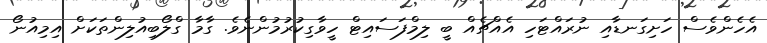
އެހެންވެސް ހަށިގަނޑާއި ނުރައްޓަހި އެއްޗެއް ބީ ލިމްފަސައިޓް ހީވާގިކުރުމުންނެވެ. ގާމާ ގްލޯބިއުލިންތަކަށް އިމިއުނޯ